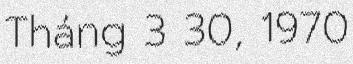
Tháng 3 30, 1970